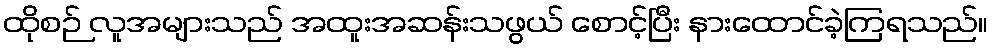
ထိုစဉ် လူအများသည် အထူးအဆန်းသဖွယ် စောင့်ပြီး နားထောင်ခဲ့ကြရသည်။